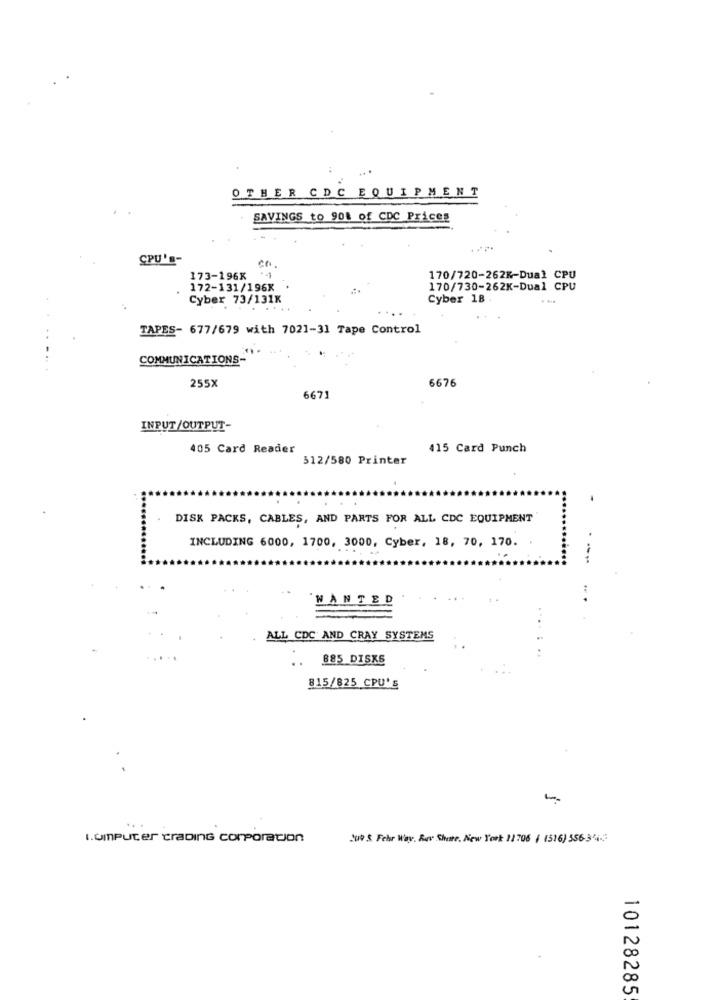
OTHER CDC EQUIPMENT
SAVINGS to 901 of CDC Prices
CPU's-
173-196X
170/720-262K-Dual CPU
172-131/196X
170/730-262K-Dual CPU
Cyber 73/131K
Cyber 18 .
TAPES- 677/679 with 7021-31 Tape Control
COMMUNICATIONS-
255X
6676
6671
INPUT/OUTPUT-
405 Card Reader
415 Card Punch
512/580 Printer
DISK PACKS, CABLES, AND PARTS FOR ALL CDC EQUIPMENT
INCLUDING 6000, 1700, 3000, Cyber, 18, 70, 170.
`WANTED
ALL CDC AND CRAY SYSTEMS
885 DISKS
815/825 CPU'S
-
1.omputer trading corporation
Suo S. Fehr Way, Rdv Shete. New York: 11706 | 1516) 556-344-2:
10128285